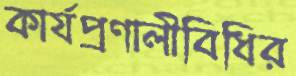
কার্যপ্রণালীবিধির